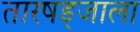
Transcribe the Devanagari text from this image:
तारषड्जाला